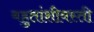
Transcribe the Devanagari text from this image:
बहुतांशीवस्ती